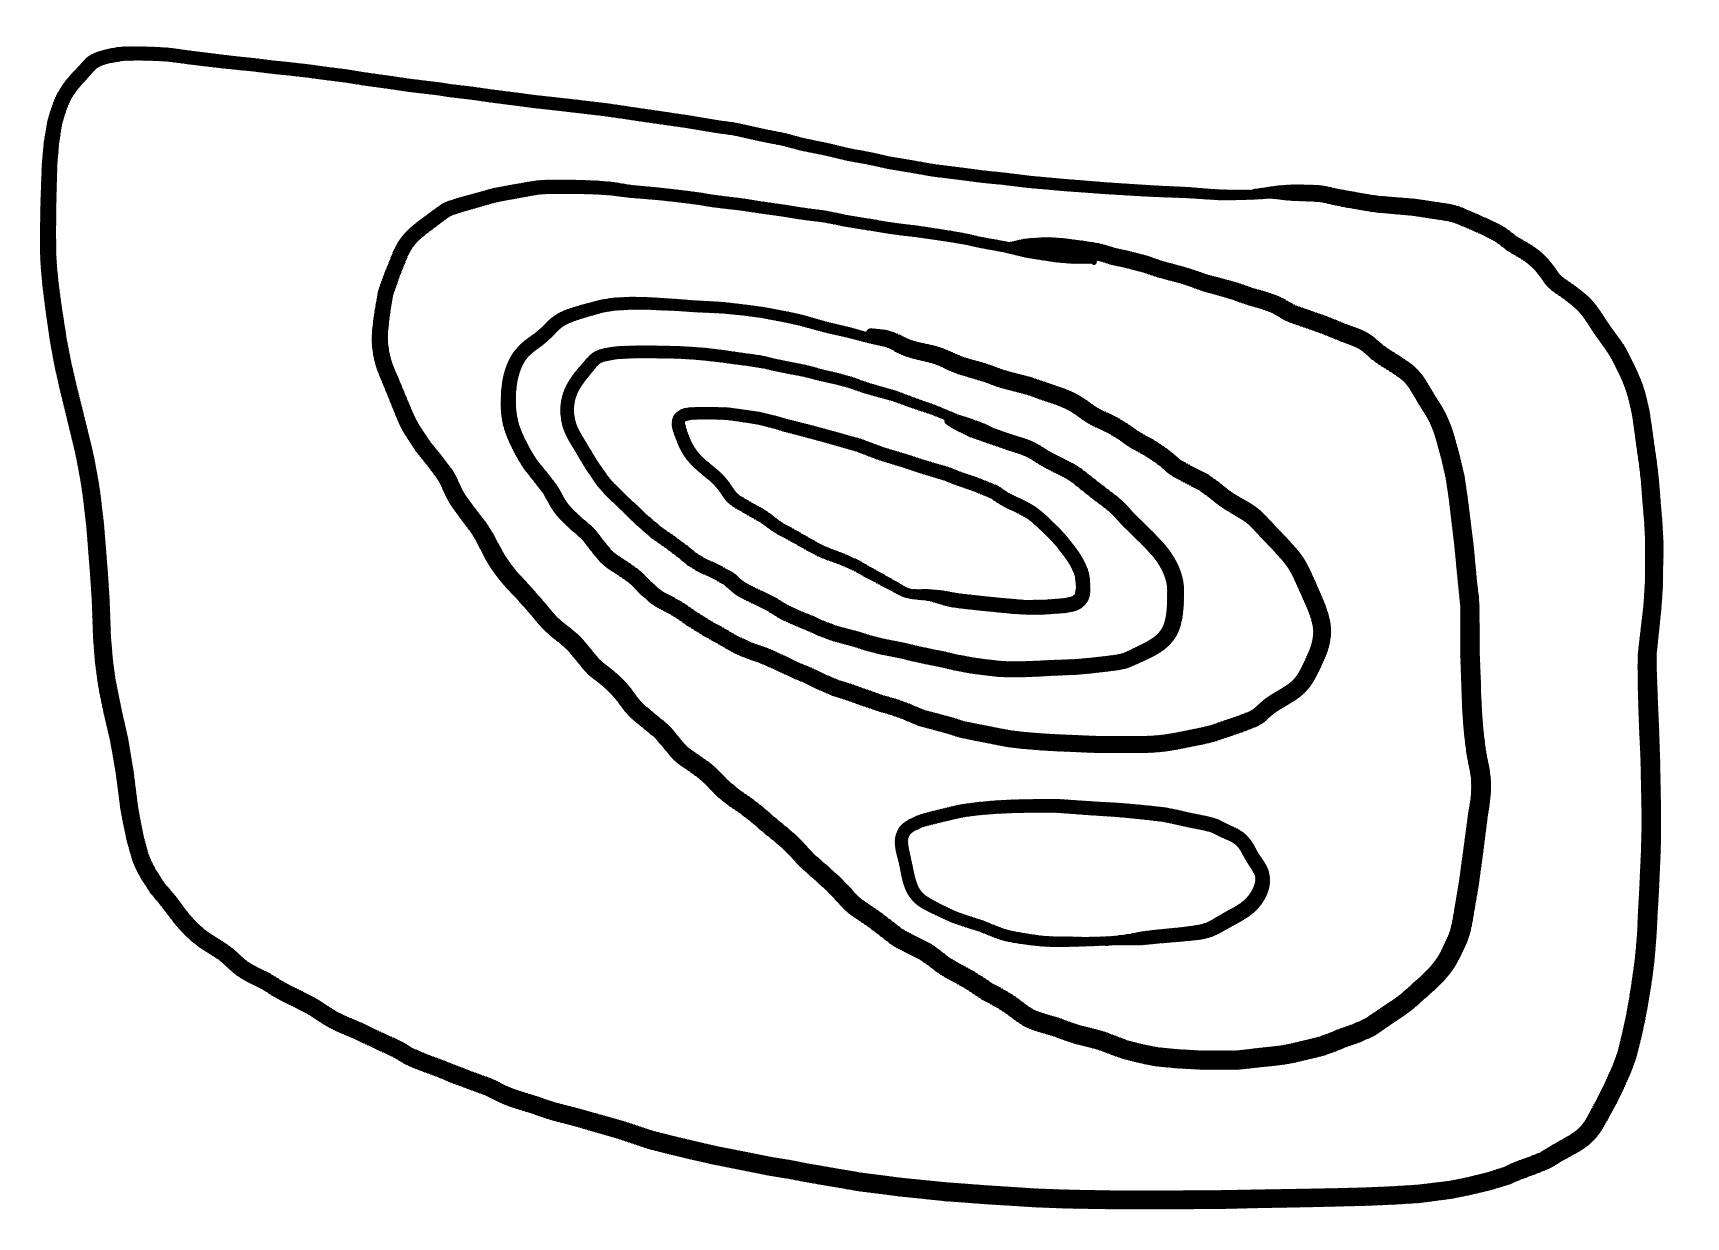
Number of regions (including the outer root region): 7
Containment tree edges (parent, child): 0, 1, 1, 2, 2, 3, 2, 4, 4, 5, 5, 6